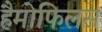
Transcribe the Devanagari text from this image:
हैमोफिलस